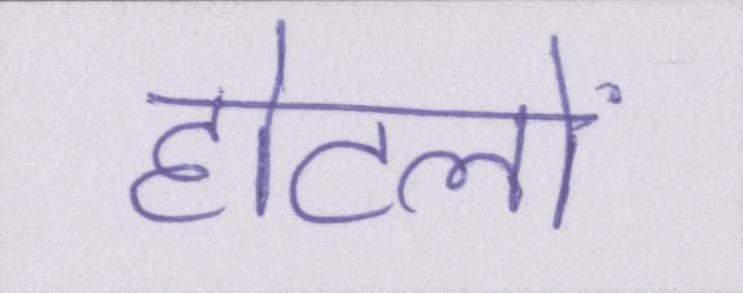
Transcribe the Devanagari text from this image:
होटलों